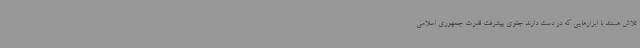
تلاش هستند با ابزارهایی که در دست دارند جلوی پیشرفت قدرت جمهوری اسلامی